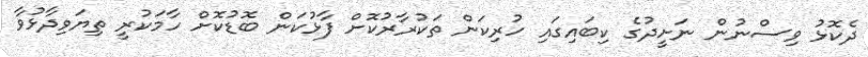
ދެކޮޅު ވިސްނުން ނަށީދުގެ ކިބައިގައި ހުރިކަން ތަކުރާރުކޮށް ފާޅުކަން ބޮޑުކޮށް ހާމަކުރީ ތިޔަވިދާޅުވާ